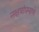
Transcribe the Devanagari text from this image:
नक्षत्रांप्रमाणे